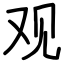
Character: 观